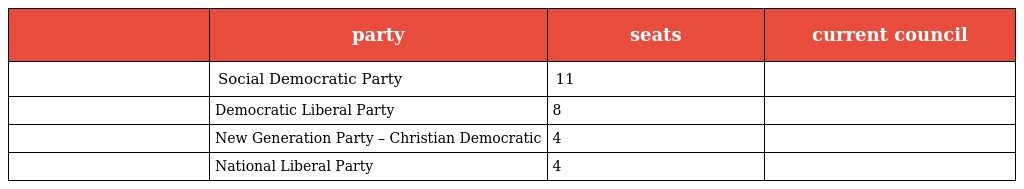
|  | party | seats | current council |
 | --- | --- | --- | --- |
 |  | Social Democratic Party | 11 |  |
 |  | Democratic Liberal Party | 8 |  |
 |  | New Generation Party – Christian Democratic | 4 |  |
 |  | National Liberal Party | 4 |  |